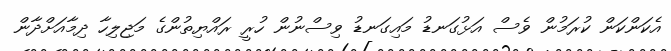
އެކަންކަން ކުރަމުން ވެސް އަޅުގަނޑު މައިގަނޑު ވިސްނުން ހުރީ ރައްޔިތުންގެ މަޖިލިހާ ދިމާއަށްދާން